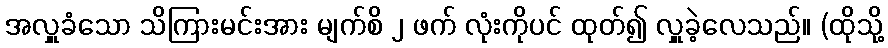
အလှူခံသော သိကြားမင်းအား မျက်စိ ၂ ဖက် လုံးကိုပင် ထုတ်၍ လှူခဲ့လေသည်။ (ထိုသို့